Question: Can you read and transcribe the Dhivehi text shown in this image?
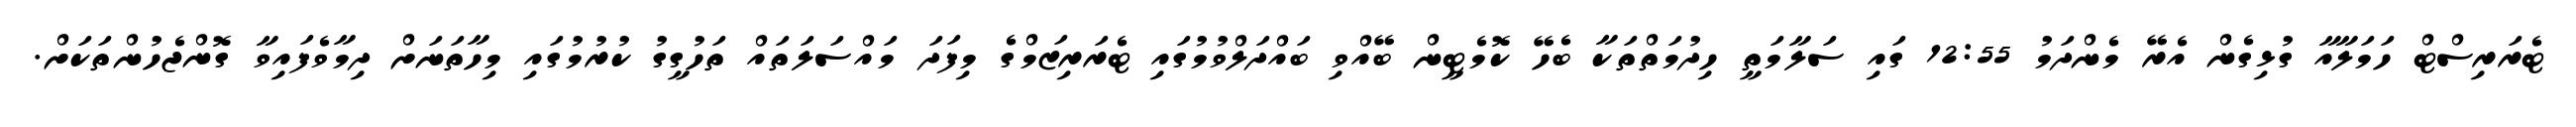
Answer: ޓެރަރިސްޓް ހަމަލާއާ ގުޅިގެން އެރޭ މެންދަމު 12:55 ގައި ސަލާމަތީ ހިދުމަތްތަކާ ބެހޭ ކޮމެޓީން ބޭއްވި ބައްދަލްވުމުގައި ޓެރަރިޒަމްގެ މިފަދަ މައްސަލަތައް ތަހުގީގު ކުރުމުގައި މިހާތަނަށް ދިމާވެފައިވާ ގޮންޖެހުންތަކަށް.